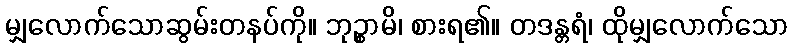
မျှလောက်သောဆွမ်းတနပ်ကို။ ဘုဉ္စာမိ၊ စားရ၏။ တဒန္တရံ၊ ထိုမျှလောက်သော